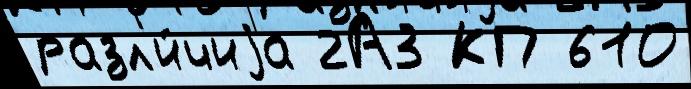
разл'и́чиjа 2А3 КП 610